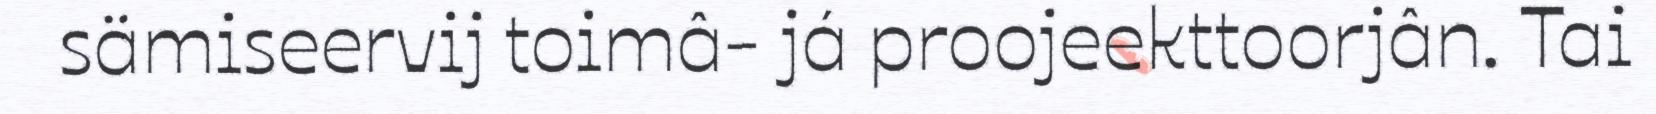
sämiseervij toimâ- já proojeekttoorjân. Tai